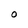
Character: O